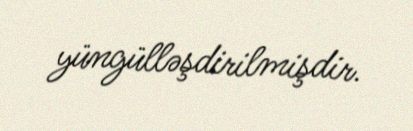
yüngülləşdirilmişdir.